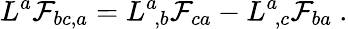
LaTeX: L^{a}{\cal F}_{bc,a}=L^{a}\! _{,b}{\cal F}_{ca}-L^{a}\! _{,c}{\cal F}_{ba}\ .